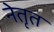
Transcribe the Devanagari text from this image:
नेतृत